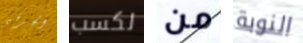
الحرفي لكسب من النوبة